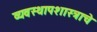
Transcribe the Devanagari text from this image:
व्यवस्थापशास्त्राचे